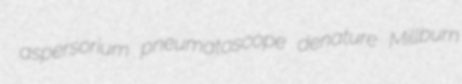
aspersorium pneumatoscope denature Millburn